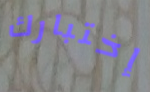
إختبارك